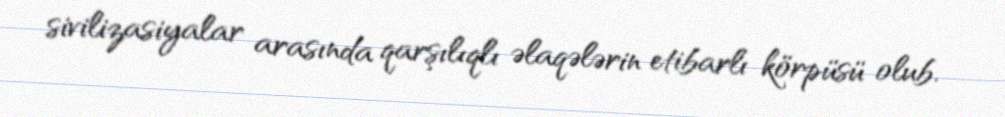
sivilizasiyalar arasında qarşılıqlı əlaqələrin etibarlı körpüsü olub.